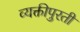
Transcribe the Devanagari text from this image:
व्यक्तीपुरती